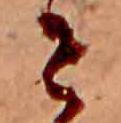
せ